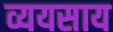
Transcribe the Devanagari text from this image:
व्ययसाय